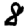
Digit: 8